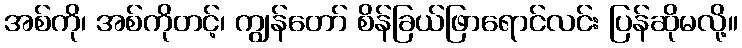
အစ်ကို၊ အစ်ကိုတင့်၊ ကျွန်တော် စိန်ခြယ်ဖြာရောင်လင်း ပြန်ဆိုမလို့။